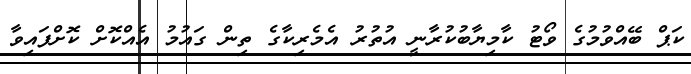
ކަޕް ބޭއްވުމުގެ ވޯޓު ކާމިޔާބުކުރާނީ އުތުރު އެމެރިކާގެ ތިން ގައުމު އެއްކޮށް ކޮށްފައިވާ